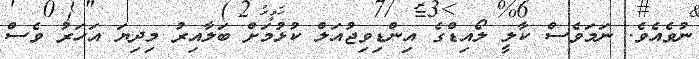
ނުވެއެވެ. ނަމަވެސް ކާލީ ލޯއިޑްގެ އިންޑިވިޖުއަލް ކުޅުމަށް ބަލާއިރު މިދިޔަ އަހަރު ވެސް